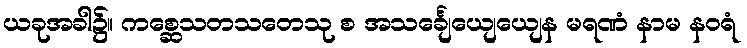
ယခုအခါ၌။ ကစ္ဆေသတသတေသု စ အသင်္ချေယျေယျေန မရဏံ နာမ နဝရံ